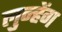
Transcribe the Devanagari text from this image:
लुन्हेंग